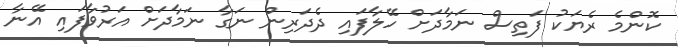
ކޮންމެ ރެޔަކު ފަތިސް ނަމާދަށް ހޭލާފައި ދެދަރިން ނަގާ ނަމާދަށް އަރުވާފައި އޭނާ